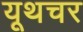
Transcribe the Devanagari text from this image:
यूथचर